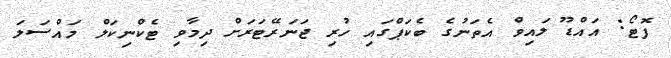
ފޮޓޯ: އައްޑޫ ލައިވް އެތަނުގެ ބެކަޕްގައި ހުރި ޖަނަރޭޓަރަށް ދިމާވި ޓެކްނިކަލް މައްސަލަ